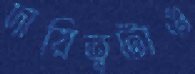
দায়িত্বটাও